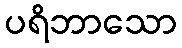
ပရိဘာသော